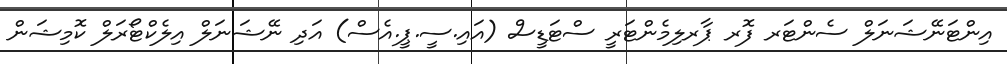
އިންޓަނޭޝަނަލް ސެންޓަރ ފޮރ ޕާރލިމެންޓަރީ ސްޓަޑީސް (އައި.ސީ.ޕީ.އެސް) އަދި ނޭޝަނަލް އިލެކްޓޯރަލް ކޮމިޝަން